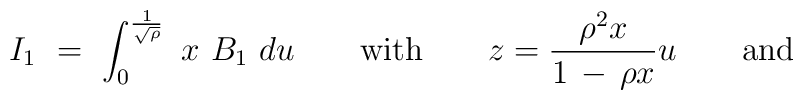
I_1 \ =\ \int_0^{1 \over \sqrt{\rho}}\  x\  B_1 \ du  \qquad\mathrm{with}\qquad{\displaystyle z= {\rho^2 x \over 1\, -\, \rho x} u }\qquad\mathrm{and}